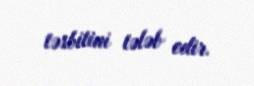
təsbitini tələb edir.